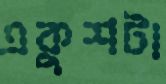
একুশটা